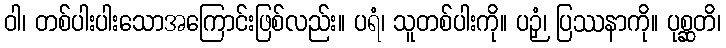
ဝါ၊ တစ်ပါးပါးသောအကြောင်းဖြစ်လည်း။ ပရံ၊ သူတစ်ပါးကို။ ပဉှံ၊ ပြဿနာကို။ ပုစ္ဆတိ၊